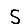
Digit: 5